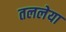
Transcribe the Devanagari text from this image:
तललेया